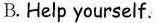
B. Help yourself.